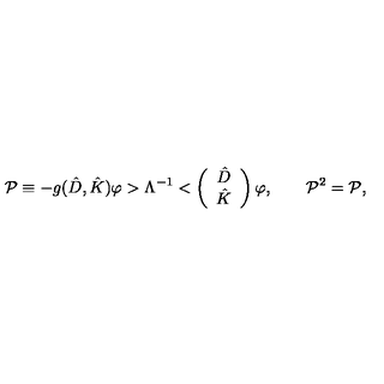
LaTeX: \mathcal { P } \equiv - g ( \hat { D } , \hat { K } ) \varphi > \Lambda ^ { - 1 } < \left( \begin{array} { c } { \hat { D } } \\ { \hat { K } } \\ \end{array} \right) \varphi , \qquad \mathcal { P } ^ { 2 } = \mathcal { P } ,